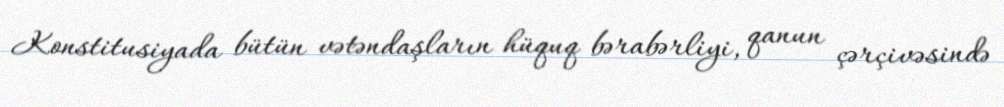
Konstitusiyada bütün vətəndaşların hüquq bərabərliyi, qanun çərçivəsində